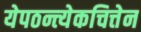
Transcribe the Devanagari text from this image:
येपठन्त्येकचित्तेन